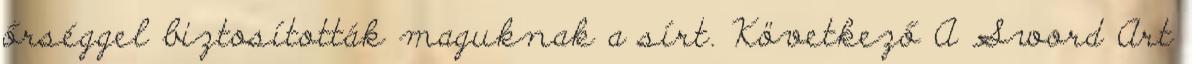
őrséggel biztosították maguknak a sírt. Következő A Sword Art